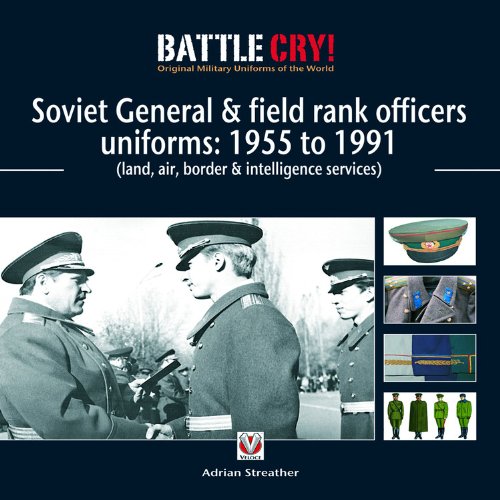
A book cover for Soviet General & Field Rank Officers Uniforms: 1955 to 1991: Land, Air, Border & Intelligence Services (Battle Cry! Original Military Uniforms); Adrian Streather; Crafts, Hobbies & Home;